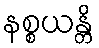
နစ္စယန္တိ